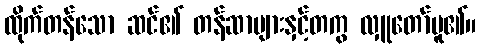
ထိုက်တန်သော ဆင်၏ တန်ဆာများနှင့်တကွ လှူတော်မူ၏။